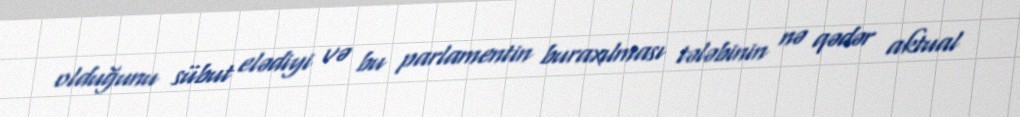
olduğunu sübut elədiyi və bu parlamentin buraxılması tələbinin nə qədər aktual